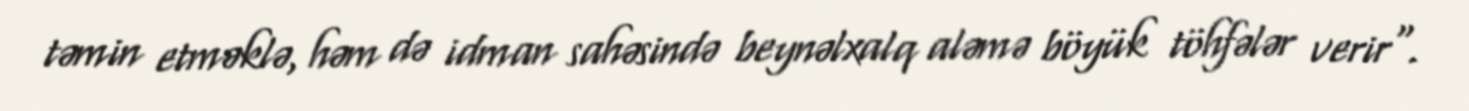
təmin etməklə, həm də idman sahəsində beynəlxalq aləmə böyük töhfələr verir".